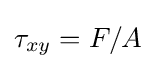
\tau _{xy}=F/A